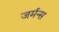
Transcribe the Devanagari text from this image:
जर्मन्स